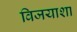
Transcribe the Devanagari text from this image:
विजयाशा